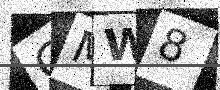
Text: GMW8